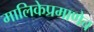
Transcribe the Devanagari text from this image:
मालिकेप्रमाणेच